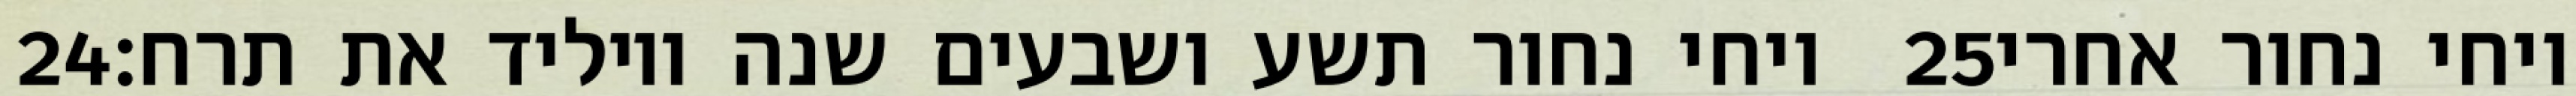
‎24‏ ויחי נחור תשע ושבעים שנה ויוליד את תרח׃ ‎25‏ ויחי נחור אחרי